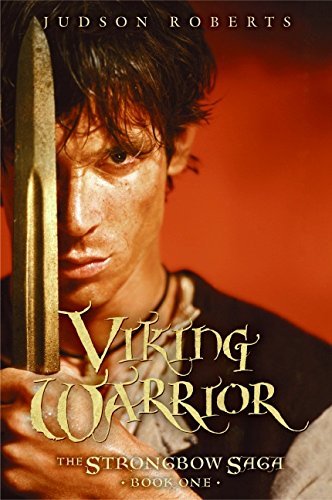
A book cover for Viking Warrior (The Strongbow Saga, Book 1); Judson Roberts; Teen & Young Adult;